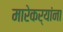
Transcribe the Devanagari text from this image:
मारेकर्यांना